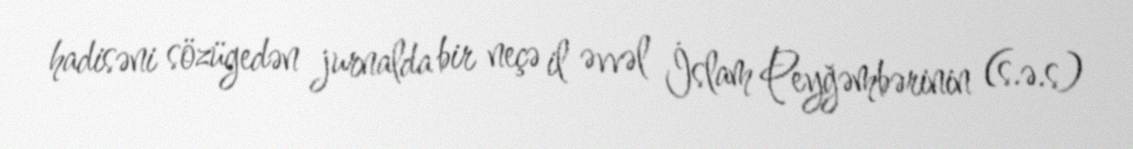
hadisəni sözügedən jurnalda bir neçə il əvvəl İslam Peyğəmbərinin (s.ə.s)